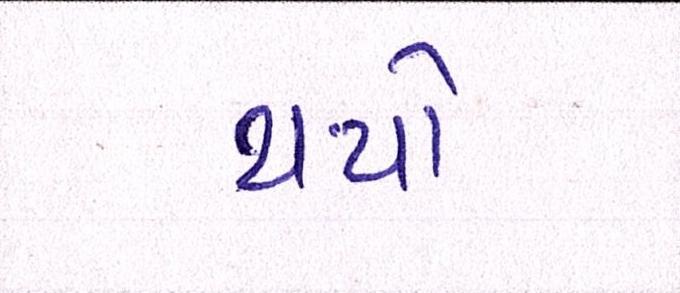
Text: થયો